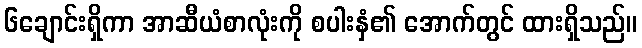
၆ချောင်းရှိကာ အာဆီယံစာလုံးကို စပါးနှံ၏ အောက်တွင် ထားရှိသည်။